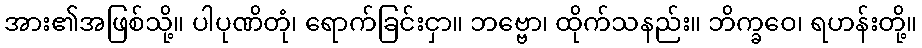
အား၏အဖြစ်သို့။ ပါပုဏိတုံ၊ ရောက်ခြင်းငှာ။ ဘဗ္ဗော၊ ထိုက်သနည်း။ ဘိက္ခဝေ၊ ရဟန်းတို့။